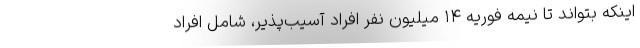
اینکه بتواند تا نیمه فوریه ۱۴ میلیون نفر افراد آسیب‌پذیر، شامل افراد